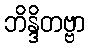
ဘိန္ဒိတဗ္ဗာ